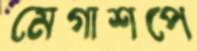
মেগাশপে